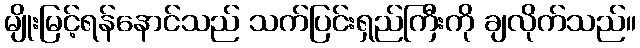
မျိုးမြင့်ရန်နောင်သည် သက်ပြင်းရှည်ကြီးကို ချလိုက်သည်။